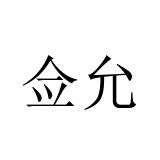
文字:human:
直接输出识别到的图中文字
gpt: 佥允